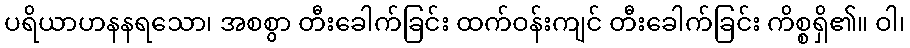
ပရိယာဟနနရသော၊ အစစွာ တီးခေါက်ခြင်း ထက်ဝန်းကျင် တီးခေါက်ခြင်း ကိစ္စရှိ၏။ ဝါ၊